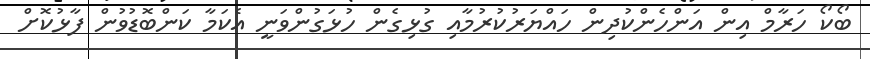
ބޯކޯ ހަރާމް އިން އަންހެންކުދިން ހައްޔަރުކުރުމާއި ގުޅިގެން ހުޅަގުންވަނީ އެކަމާ ކަންބޮޑުވުން ފާޅުކޮށް